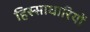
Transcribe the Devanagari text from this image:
हिस्साधारियों